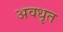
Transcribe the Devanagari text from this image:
अवधृत